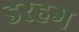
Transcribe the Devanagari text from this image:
डरहग